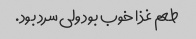
طعم غذا خوب بود ولی سرد بود.